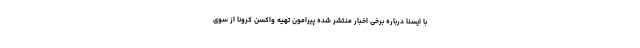
با ایسنا درباره برخی اخبار منتشر شده پیرامون تهیه واکسن کرونا از سوی